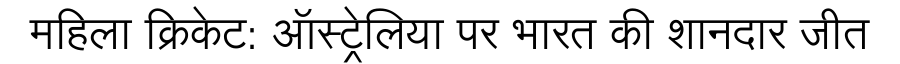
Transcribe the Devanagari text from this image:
महिला क्रिकेट: ऑस्ट्रेलिया पर भारत की शानदार जीत